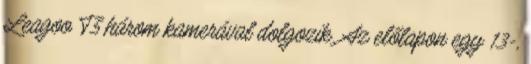
Leagoo T5 három kamerával dolgozik. Az előlapon egy 13-,